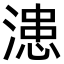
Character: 漶